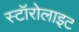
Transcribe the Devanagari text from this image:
स्टॉरोलाइट